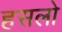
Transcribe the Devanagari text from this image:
हसलो